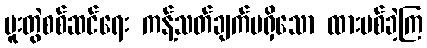
ပူးတွဲစစ်ဆင်ရေး ကန့်သတ်ချက်မရှိသော ထားပစ်ခဲ့ကြ